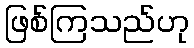
ဖြစ်ကြသည်ဟု